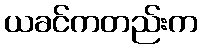
ယခင်ကတည်းက